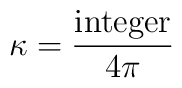
\kappa = {{\rm integer}\over 4\pi}